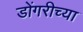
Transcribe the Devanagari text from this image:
डोंगरीच्या